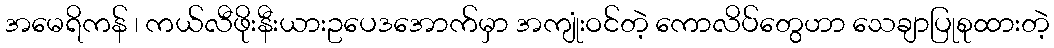
အမေရိကန် ၊ ကယ်လီဖိုးနီးယားဥပေဒအောက်မှာ အကျုံးဝင်တဲ့ ကောလိပ်တွေဟာ သေချာပြုစုထားတဲ့